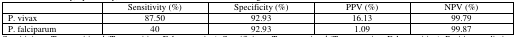
<table><thead><tr><td></td><td><b>Sensitivity (%)</b></td><td><b>Specificity (%)</b></td><td><b>PPV (%)</b></td><td><b>NPV (%)</b></td></tr></thead><tbody><tr><td>P. vivax</td><td>87.50</td><td>92.93</td><td>16.13</td><td>99.79</td></tr><tr><td>P. falciparum</td><td>40</td><td>92.93</td><td>1.09</td><td>99.87</td></tr></tbody></table>